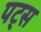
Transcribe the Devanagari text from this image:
पट्स